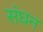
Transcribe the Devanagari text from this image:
संघन